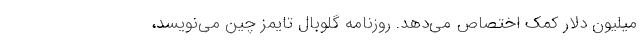
میلیون دلار کمک اختصاص می‌دهد. روزنامه گلوبال تایمز چین می‌نویسد،